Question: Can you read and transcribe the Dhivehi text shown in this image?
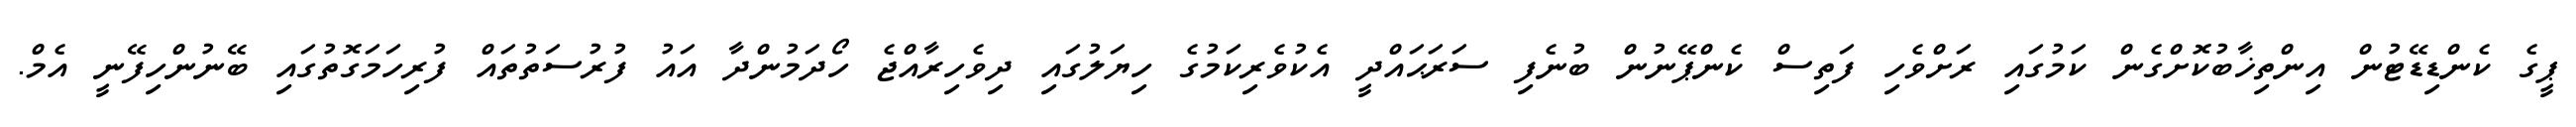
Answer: ޕީގެ ކެންޑިޑޭޓުން އިންތިޚާބުކޮށްގެން ކަމުގައި ރަށްވެހި ފަތިސް ކެންޕޭނުން ބުނެފި ސަރަޙައްދީ އެކުވެރިކަމުގެ ހިޔަލުގައި ދިވެހިރާއްޖެ ހޯދަމުންދާ އައު ފުރުސަތުތައް ފުރިހަމަގޮތުގައި ބޭނުންހިފޭނީ އެމް.